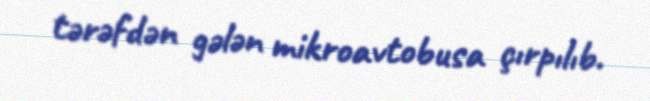
tərəfdən gələn mikroavtobusa çırpılıb.